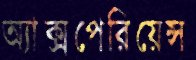
অ্যাক্সপেরিয়েন্স